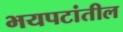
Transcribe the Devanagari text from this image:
भयपटांतील